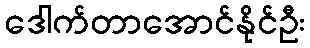
ဒေါက်တာအောင်နိုင်ဦး